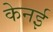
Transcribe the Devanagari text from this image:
केनई